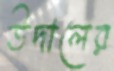
উদালের